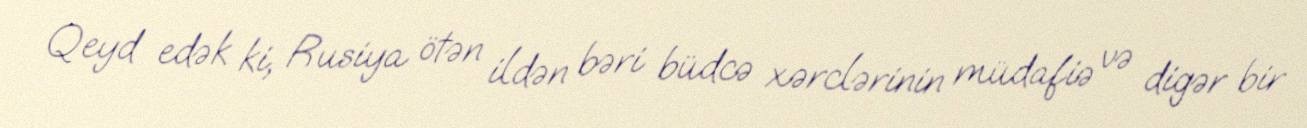
Qeyd edək ki, Rusiya ötən ildən bəri büdcə xərclərinin müdafiə və digər bir